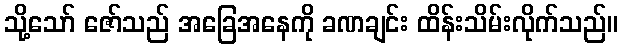
သို့သော် ဇော်သည် အခြေအနေကို ခဏချင်း ထိန်းသိမ်းလိုက်သည်။